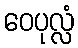
ဝေပုလ္လံ